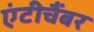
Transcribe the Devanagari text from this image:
एंटीचैंबर